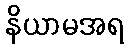
နိယာမအရ